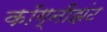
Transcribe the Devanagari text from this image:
कॉग्नीझंट